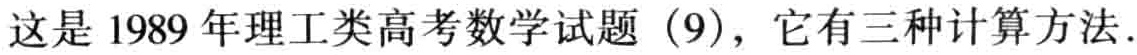
这是1989年理工类高考数学试题（9），它有三种计算方法.